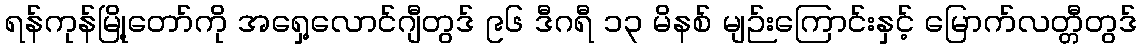
ရန်ကုန်မြို့တော်ကို အရှေ့လောင်ဂျီတွဒ် ၉၆ ဒီဂရီ ၁၃ မိနစ် မျဉ်းကြောင်းနှင့် မြောက်လတ္တီတွဒ်